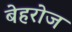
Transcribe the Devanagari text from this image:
बेहरोज